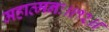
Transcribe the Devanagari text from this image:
महात्मनः॥१२॥